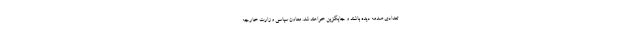
تعدادی صدمه دیده باشند و جایگزین خواهند شد. معاون سیاسی وزارت خارجه